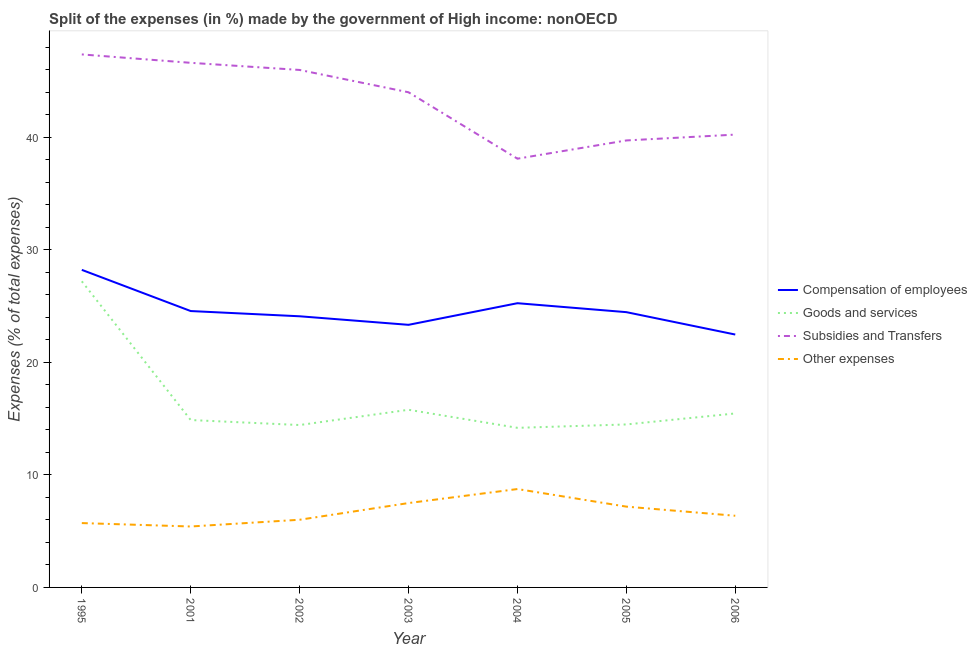
| Year | Compensation of employees | Goods and services | Subsidies and Transfers | Other expenses |
 | --- | --- | --- | --- | --- |
 | 1995 | 28.2 | 27.2 | 47.4 | 5.72 |
 | 2001 | 24.6 | 14.9 | 46.6 | 5.41 |
 | 2002 | 24.1 | 14.4 | 46 | 6.01 |
 | 2003 | 23.3 | 15.8 | 44 | 7.5 |
 | 2004 | 25.3 | 14.2 | 38.1 | 8.74 |
 | 2005 | 24.5 | 14.5 | 39.7 | 7.18 |
 | 2006 | 22.5 | 15.5 | 40.2 | 6.37 |